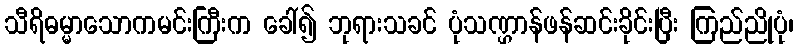
သီရိဓမ္မာသောကမင်းကြီးက ခေါ်၍ ဘုရားသခင် ပုံသဏ္ဌာန်ဖန်ဆင်းခိုင်းပြီး ကြည်ညိုပုံ၊